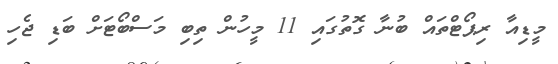
މީޑިއާ ރިޕޯޓްތައް ބުނާ ގޮތުގައި 11 މީހުން ތިބި މަސްބޯޓަށް ބަޑި ޖެހި